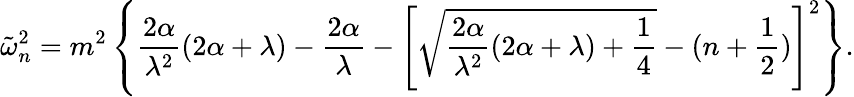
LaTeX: \tilde{\omega}_{n}^{2}=m^{2}\left\{ \frac{2\alpha}{\lambda^{2}}(2\alpha+\lambda)-\frac{2\alpha}{\lambda}-\left[\sqrt{\frac{2\alpha}{\lambda^{2}}(2\alpha+\lambda)+\frac 14}-(n+\frac 12)\right]^{2}\right\} .